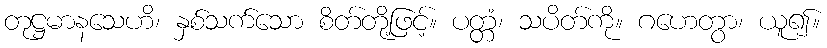
တုဋ္ဌမာနသေဟိ၊ နှစ်သက်သော စိတ်တို့ဖြင့်။ ပတ္တံ၊ သပိတ်ကို။ ဂဟေတွာ၊ ယူ၍။